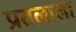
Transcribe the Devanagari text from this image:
प्रतलाला